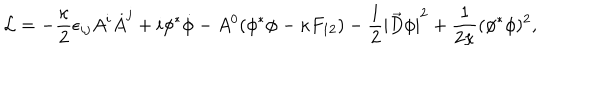
LaTeX: { \cal L } = - { \frac { \kappa } { 2 } } \epsilon _ { i j } A ^ { i } \dot { A } ^ { j } + i \phi ^ { * } \dot { \phi } - A ^ { 0 } ( \phi ^ { * } \phi - \kappa F _ { 1 2 } ) - { \frac { 1 } { 2 } } { | { \vec { D } } \phi | } ^ { 2 } + { \frac { 1 } { 2 \kappa } } ( \phi ^ { * } \phi ) ^ { 2 } ,